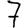
Digit: 7